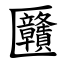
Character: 㔶